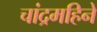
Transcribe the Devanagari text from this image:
चांद्रमहिने